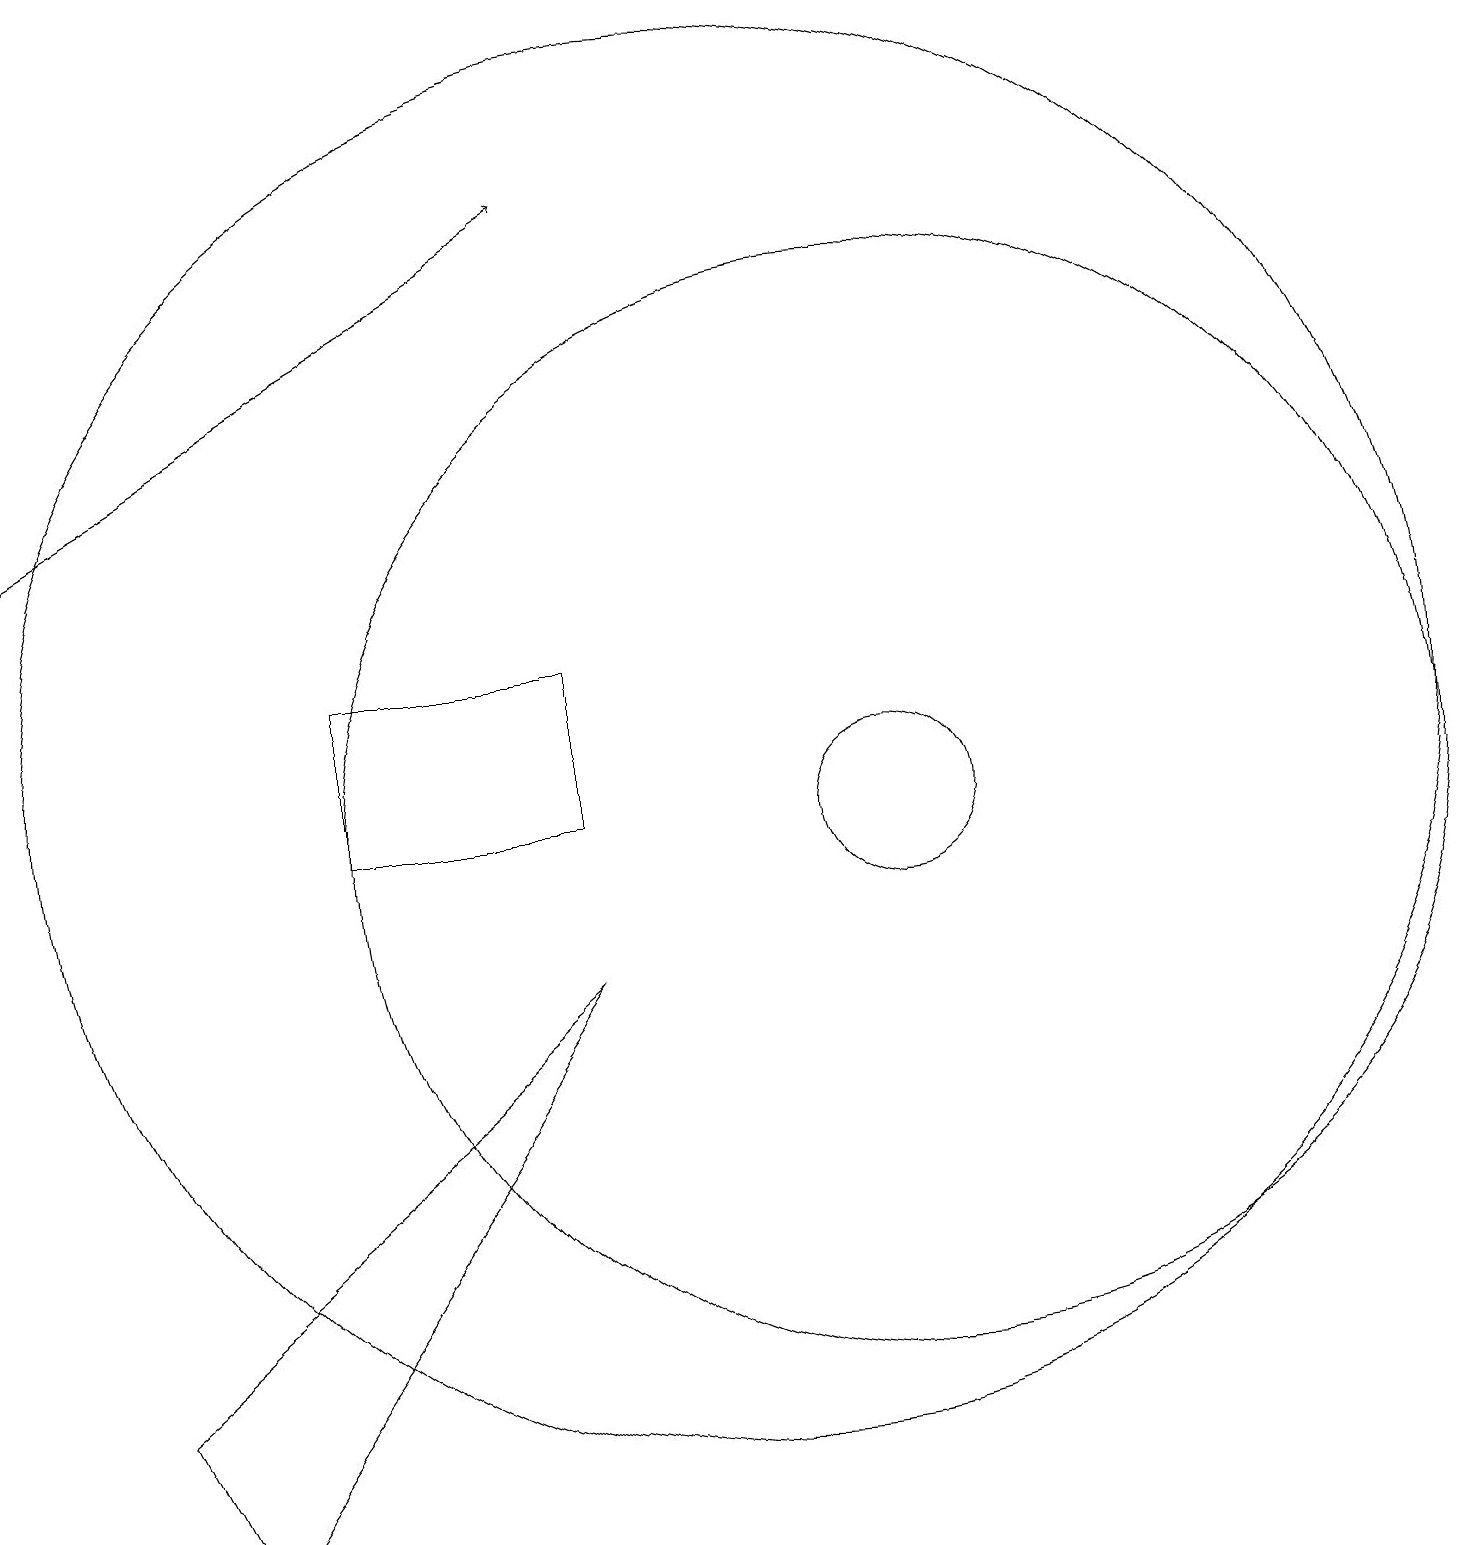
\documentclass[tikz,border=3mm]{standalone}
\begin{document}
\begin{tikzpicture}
\draw (5,12) rectangle (8,10);
\draw (10,11) circle (9);
\draw (12,10) circle (1);
\draw[->] (1,14) -- (8,18);
\draw (12,10) circle (7);
\draw (3,1) -- (2,3) -- (8,8) -- cycle;
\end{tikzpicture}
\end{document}